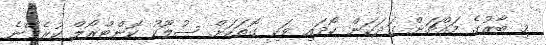
މި ބާރުގެ މައްޗަށް ގަދަކަން ހޯދައި ވަކި ގޮތަކަށް ސުލޫކު ކޮންޓްރޯލް ކުރެވޭނެ